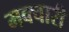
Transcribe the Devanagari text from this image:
मक्चारी